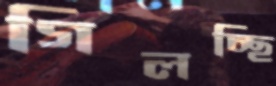
গিলচ্ছি